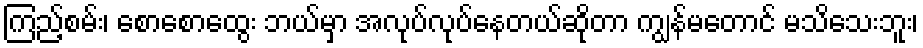
ကြည့်စမ်း၊ စောစောထွေး ဘယ်မှာ အလုပ်လုပ်နေတယ်ဆိုတာ ကျွန်မတောင် မသိသေးဘူး၊